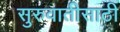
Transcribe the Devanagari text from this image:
सुरुवातीसाठी